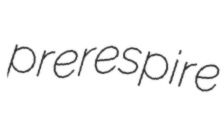
prerespire